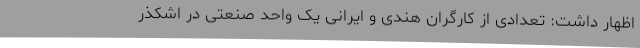
اظهار داشت: تعدادی از کارگران هندی و ایرانی یک واحد صنعتی در اشکذر